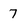
Character: 7